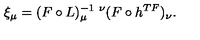
\xi _ { \mu } = ( F \circ L ) _ { \mu } ^ { - 1 \ \nu } ( F \circ h ^ { T F } ) _ { \nu } .